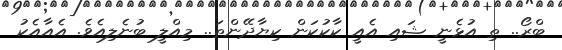
ބްރޯ.. ތި އުޅެނީ ޝައި އެއީ ކާކުކަން ކިޔާދޭންތަ.. މިއްލީ ބުނެލިއެވެ. އެއާއެކު